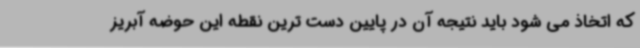
که اتخاذ می شود باید نتیجه آن در پایین دست ترین نقطه این حوضه آبریز